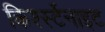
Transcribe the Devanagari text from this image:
किर्श्स्टेनाइट